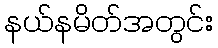
နယ်နမိတ်အတွင်း